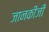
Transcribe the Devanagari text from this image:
जानकीजी